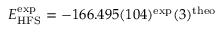
E _ { \mathrm { H F S } } ^ { \mathrm { e x p } } = - 1 6 6 . 4 9 5 ( 1 0 4 ) ^ { \mathrm { e x p } } ( 3 ) ^ { \mathrm { t h e o } }